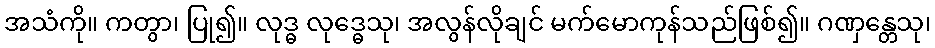
အသံကို။ ကတွာ၊ ပြု၍။ လုဒ္ဓ လုဒ္ဓေသု၊ အလွန်လိုချင် မက်မောကုန်သည်ဖြစ်၍။ ဂဏှန္တေသု၊